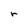
Character: r